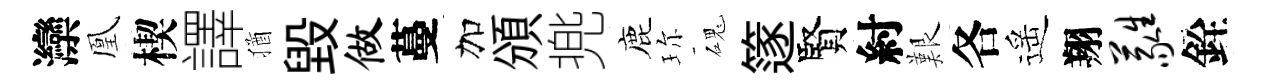
灤凰楔譯猶毀做蔓加頒兠鹿珎磈篴賢紂艱各遥翔蕤銓